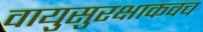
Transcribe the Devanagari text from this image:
वायुसुरक्षाकवच